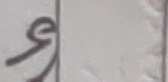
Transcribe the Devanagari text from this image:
र